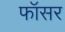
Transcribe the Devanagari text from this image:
फॉसर